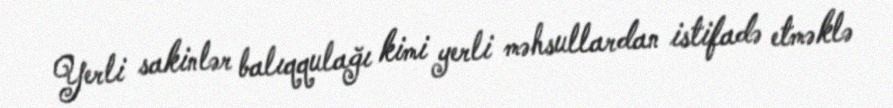
Yerli sakinlər balıqqulağı kimi yerli məhsullardan istifadə etməklə